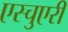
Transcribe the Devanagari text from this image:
एस्चुएरी